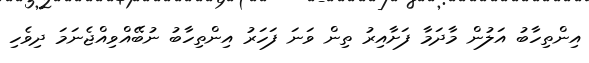
އިންތިހާބު އަލުން މާދަމާ ފަށާއިރު ތިން ވަނަ ފަހަރު އިންތިހާބު ނުބޭއްވިއްޖެނަމަ ދިވެހި